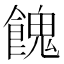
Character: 餽